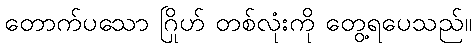
တောက်ပသော ဂြိုဟ် တစ်လုံးကို တွေ့ရပေသည်။